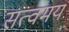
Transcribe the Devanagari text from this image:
सत्वमय